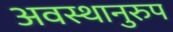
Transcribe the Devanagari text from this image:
अवस्थानुरुप